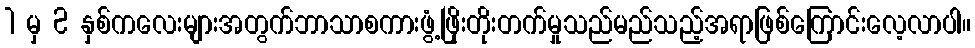
1 မှ 2 နှစ်ကလေးများအတွက်ဘာသာစကားဖွံ့ဖြိုးတိုးတက်မှုသည်မည်သည့်အရာဖြစ်ကြောင်းလေ့လာပါ။